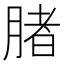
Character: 䐗